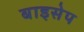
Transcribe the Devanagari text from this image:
बाइसेप